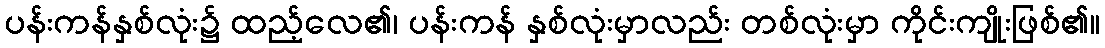
ပန်းကန်နှစ်လုံး၌ ထည့်လေ၏၊ ပန်းကန် နှစ်လုံးမှာလည်း တစ်လုံးမှာ ကိုင်းကျိုးဖြစ်၏။